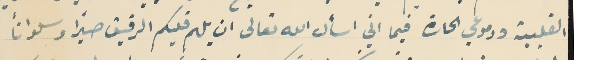
القلبية ودموعي الحارة فيما اني اسأل الله تعالى ان يلهم قلبكم الرقيق صبراً وسلواناً